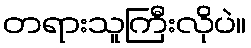
တရားသူကြီးလိုပဲ။